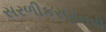
સરળીકરણનવી